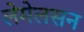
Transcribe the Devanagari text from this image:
लेमेलसन